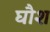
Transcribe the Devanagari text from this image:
घौश